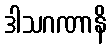
ဒါသဂဏာနိ